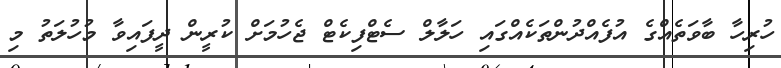
ހުރިހާ ބާވަތެއްގެ އުފެއްދުންތަކެއްގައި ހަލާލް ސެޓްފިކެޓް ޖެހުމަށް ކުރީން ދީފައިވާ މުހުލަތު މި